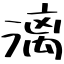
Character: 漓